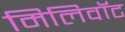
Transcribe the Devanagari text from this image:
मिलिवॉट